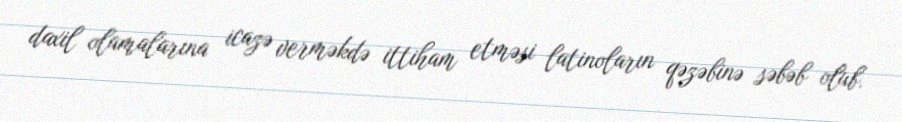
daxil olamalarına icazə verməkdə ittiham etməsi latinoların qəzəbinə səbəb olub.